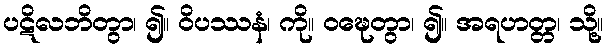
ပဋိလဘိတွာ၊ ၍။ ဝိပဿနံ၊ ကို။ ဝဍ္ဎေတွာ၊ ၍။ အရဟတ္တ၊ သို့။